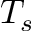
T _ { s }